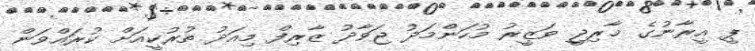
ޕީ އީރާނުގެ ޚާރިޖީ ވަޒީރު މުހަންމަދު ޖަވާދު ޒާރިފް މިއަދު ތުރުކީއަށް ކުރައްވަން